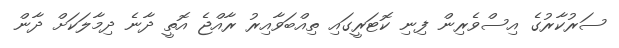
ސަރުކާރުގެ އިސްވެރިން ފިނި ކޮޓަރީގައި ތިއްބަވާއިރު ރާއްޖެ އޮތީ ދާނެ ދިމާލަކަށް ދާން